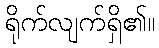
ရိုက်လျက်ရှိ၏။